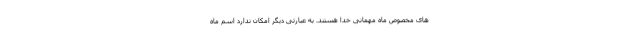
های مخصوص ماه مهمانی خدا هستند. به عبارتی دیگر امکان ندارد اسم ماه